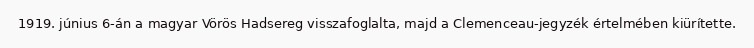
1919. június 6-án a magyar Vörös Hadsereg visszafoglalta, majd a Clemenceau-jegyzék értelmében kiürítette.